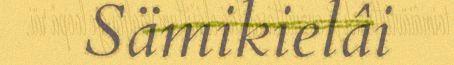
Sämikielâi